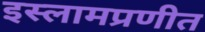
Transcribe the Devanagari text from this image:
इस्लामप्रणीत